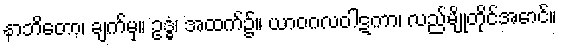
နာဘိတော၊ ချက်မှ။ ဥဒ္ဓံ၊ အထက်၌။ ယာဝဂလဝါဋကာ၊ လည်မျိုတိုင်အောင်။